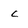
Character: C